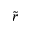
\widetilde { r }